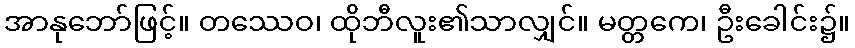
အာနုဘော်ဖြင့်။ တဿေဝ၊ ထိုဘီလူး၏သာလျှင်။ မတ္တကေ၊ ဦးခေါင်း၌။